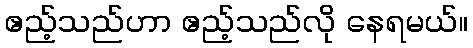
ဧည့်သည်ဟာ ဧည့်သည်လို နေရမယ်။